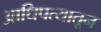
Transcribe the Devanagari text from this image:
आधिपत्यातून